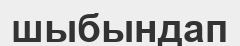
шыбындап